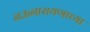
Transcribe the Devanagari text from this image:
नऊनारायणाच्या